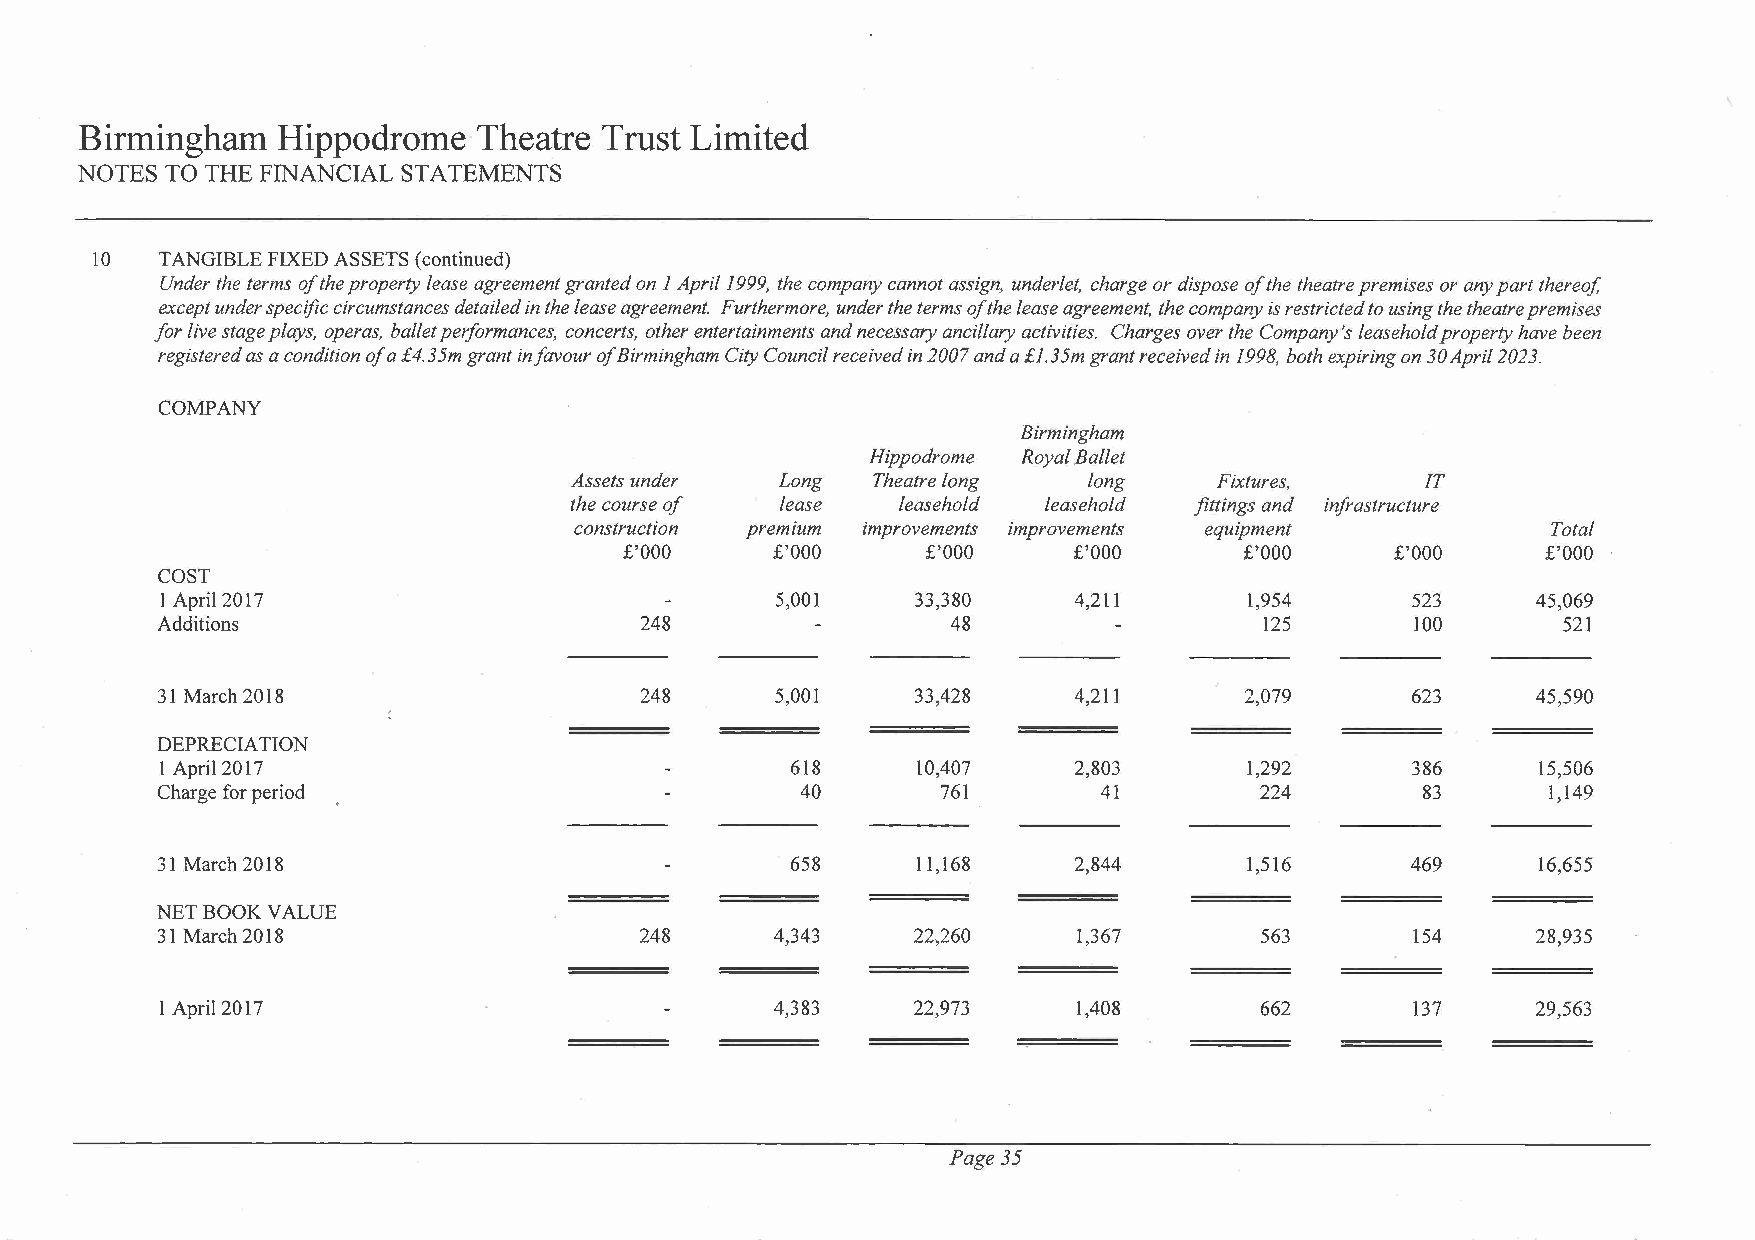
Birmingham   Hippodrome    Theatre Trust Limited
 NOTES TO THE FINANCIAL STATEMENTS
 lO  TANGIBLE FIXED ASSETS (continued)
 Under the terms of the property lease agreement granted on 1 April 1999, the company cannot assign, underlet, charge or dispose of the theatre premises or any part thereof,
 except under specific circumstances detailed in the lease agreement. Furthermore, under the terms of the lease agreement, the company is restricted to using the theatre premises
 for live stage plays, operas, ballet performances, concerts, other entertainments and necessary ancillary activities. Charges over the Company's leasehold property have been
 registered as a condition of a £4.35m grant infavour of Birmingham City Council received in 2007 and a £I. 35m grant received in 1998, both expiring on 30Apri12023.
 COMPANY
 Birmingham
 Hippodrome Royal Ballet
 Assets under Long   Theatre long  long    Fixtures,     IT
 the course of lease  leasehold leasehold fittings and infrastructure
 construction premium improvements improvements equipment         Total
 £'000     £'000     £'000     £'000      £'000     £'000     £'000
 COST
 1 Apri12017                             5,001     33,380    4,211      1,954      523      45,069
 Additions                       248                  48                   125       100      521
 31 March 2018                   248      5,001     33,428    4,211      2,079      623      45,590
 DEPRECIA TION
 1 Apri12017                              618      10,407    2,803      1,292      386      15,506
 Charge for period                          40       761        41        224        83      1,149
 31 March 2018                             658      11,168    2,844      1,516      469      16,655
 NET BOOK VALUE
 31 March 2018                   248      4,343    22,260     1,367       563       154      28,935
 1 April2017                             4,383    22,973     1,408       662       137      29,563
 Page 35